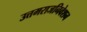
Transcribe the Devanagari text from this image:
उत्तमराजनिवेशन